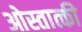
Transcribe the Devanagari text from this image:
ओस्तात्की